system: You are a helpful assistant.
user:
Analyze the provided spectrum to determine if it is a **S-type Star**.

- **Key Indicators for S-type Star:**

    - **(Overall Spectrum Shape):** The first and most obvious characteristic is the overall continuum (the "baseline" shape). It is **extremely "red-sloping,"** meaning the flux (light intensity) is very low on the left side (blue, ~4000-4500 Å) and rises steeply and continuously toward the right side (red, ~7000 Å+).

    - **(Primary):** The spectrum is defined by the presence of strong, broad molecular absorption "valleys" (bands) from **Zirconium Oxide (ZrO)**. The identification of these bands is the **primary requirement** for classifying a star as S-type.
        - **(Key Bandheads):** You must find distinct, deep "dips" where the light has been absorbed. The most critical band systems to locate are:
            - **~6474 Å** ($\gamma$-system): This is often the strongest and clearest ZrO feature, found in the red part of the spectrum.
            - **~5718 Å** & **~5551 Å** ($\beta$-system): A pair of prominent absorption features in the yellow-orange part of the spectrum.
            - **~4640 Å** ($\alpha$-system): A key absorption band system in the blue-green region of the spectrum.

    - **(Secondary Confirmation):** The classification is strengthened by finding additional absorption bands from other related heavy element oxides, which are expected to be present alongside ZrO.
        - **(Key Bandheads):**
            - **Yttrium Oxide (YO):** Look for absorption dips near **~4800 Å** and **~6100 Å**.
            - **Lanthanum Oxide (LaO):** Additional absorption features, particularly in the red-orange part of the spectrum, are also characteristic.

    - **(Line Profile):** The combination of the steep red continuum and these numerous, deep molecular bands (ZrO, YO, etc.) gives the entire spectrum a very **"chopped-up"** or **"bumpy"** appearance. Instead of a smooth curve, the spectrum looks as though large, wide chunks of light have been "carved out" of it at the specific wavelengths listed above.

Think first, call **spectral_visualization_tool** if needed to examine features in detail, then provide your final answer. Your response must adhere to the following strict rules:
1.  **Overall Structure:** Your response must follow the format `<think>...</think> <tool_call>...</tool_call> (if a tool is used) <answer>...</answer>`.
2.  **Tool Usage Constraint:** You may only make **one** tool call per turn.
3.  **Final Answer Format:** In the `<answer>` tag, your conclusion must be inside a `\boxed{}` command (e.g., `\boxed{YES}` or `\boxed{NO}`), followed by your justification.

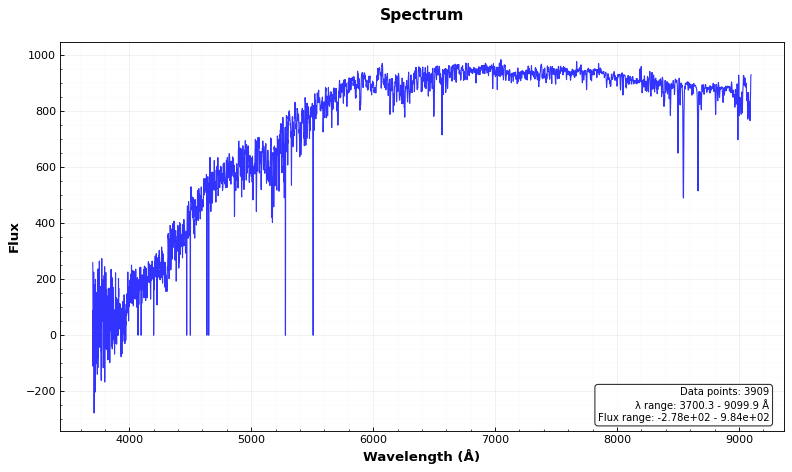
Answer: NO